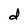
Character: d